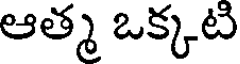
ఆత్మ ఒక్కటి